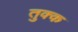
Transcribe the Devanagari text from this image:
तुक्क